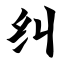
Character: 纠